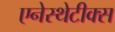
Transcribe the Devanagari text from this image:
एनेस्थेटीक्स